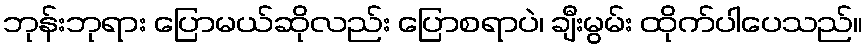
ဘုန်းဘုရား ပြောမယ်ဆိုလည်း ပြောစရာပဲ၊ ချီးမွမ်း ထိုက်ပါပေသည်။